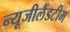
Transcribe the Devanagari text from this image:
न्यूजीलैंडटीम